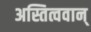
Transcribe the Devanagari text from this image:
अस्तित्ववान्‌